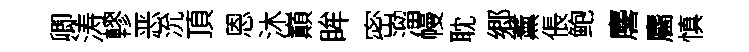
卿涛轇恶沇頂恩沐巔眸密溜幔耽郷薰倀鲍麐麕慎